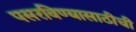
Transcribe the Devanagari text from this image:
पसरविण्यासाठीची